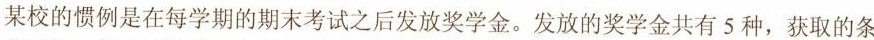
某校的惯例是在每学期的期末考试之后发放奖学金。发放的奖学金共有5种，获取的条